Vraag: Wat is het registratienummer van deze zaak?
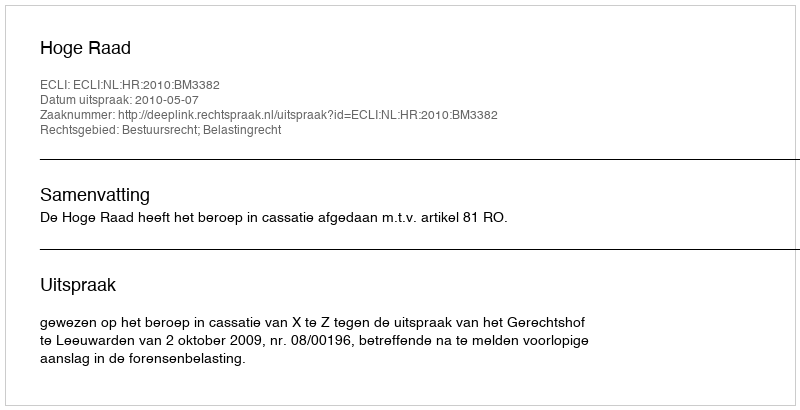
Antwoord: http://deeplink.rechtspraak.nl/uitspraak?id=ECLI:NL:HR:2010:BM3382